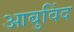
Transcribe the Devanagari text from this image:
आबुविंद